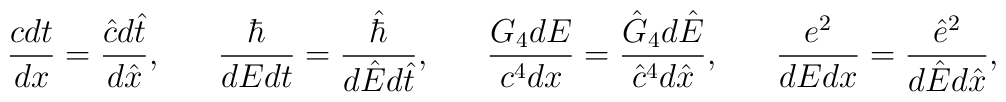
{{cdt}\over{dx}}={{\hat{c}d\hat{t}}\over{d\hat{x}}},\ \ \ \ \ {\hbar\over{dEdt}}={\hat{\hbar}\over{d\hat{E}d\hat{t}}},\ \ \ \ \ {{G_4dE}\over{c^4dx}}={{\hat{G}_4d\hat{E}}\over{\hat{c}^4d\hat{x}}},\ \ \ \ \ {e^2\over{dEdx}}={\hat{e}^2\over{d\hat{E}d\hat{x}}},